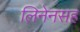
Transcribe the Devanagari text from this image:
लिनेनसह